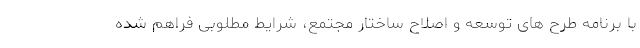
با برنامه طرح های توسعه و اصلاح ساختار مجتمع، شرایط مطلوبی فراهم شده